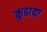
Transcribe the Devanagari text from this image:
कुडाया